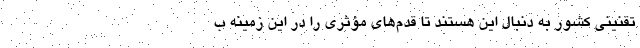
تقنینی کشور به دنبال این هستند تا قدم‌های مؤثری را در این زمینه ب